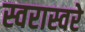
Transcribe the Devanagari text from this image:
स्वरास्वरे